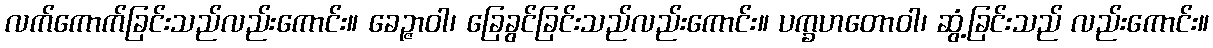
လက်ကောက်ခြင်းသည်လည်းကောင်း။ ခေဉ္ဇာဝါ၊ ခြေခွင်ခြင်းသည်လည်းကောင်း။ ပက္ခဟတောဝါ၊ ဆွံ့ခြင်းသည် လည်းကောင်း။